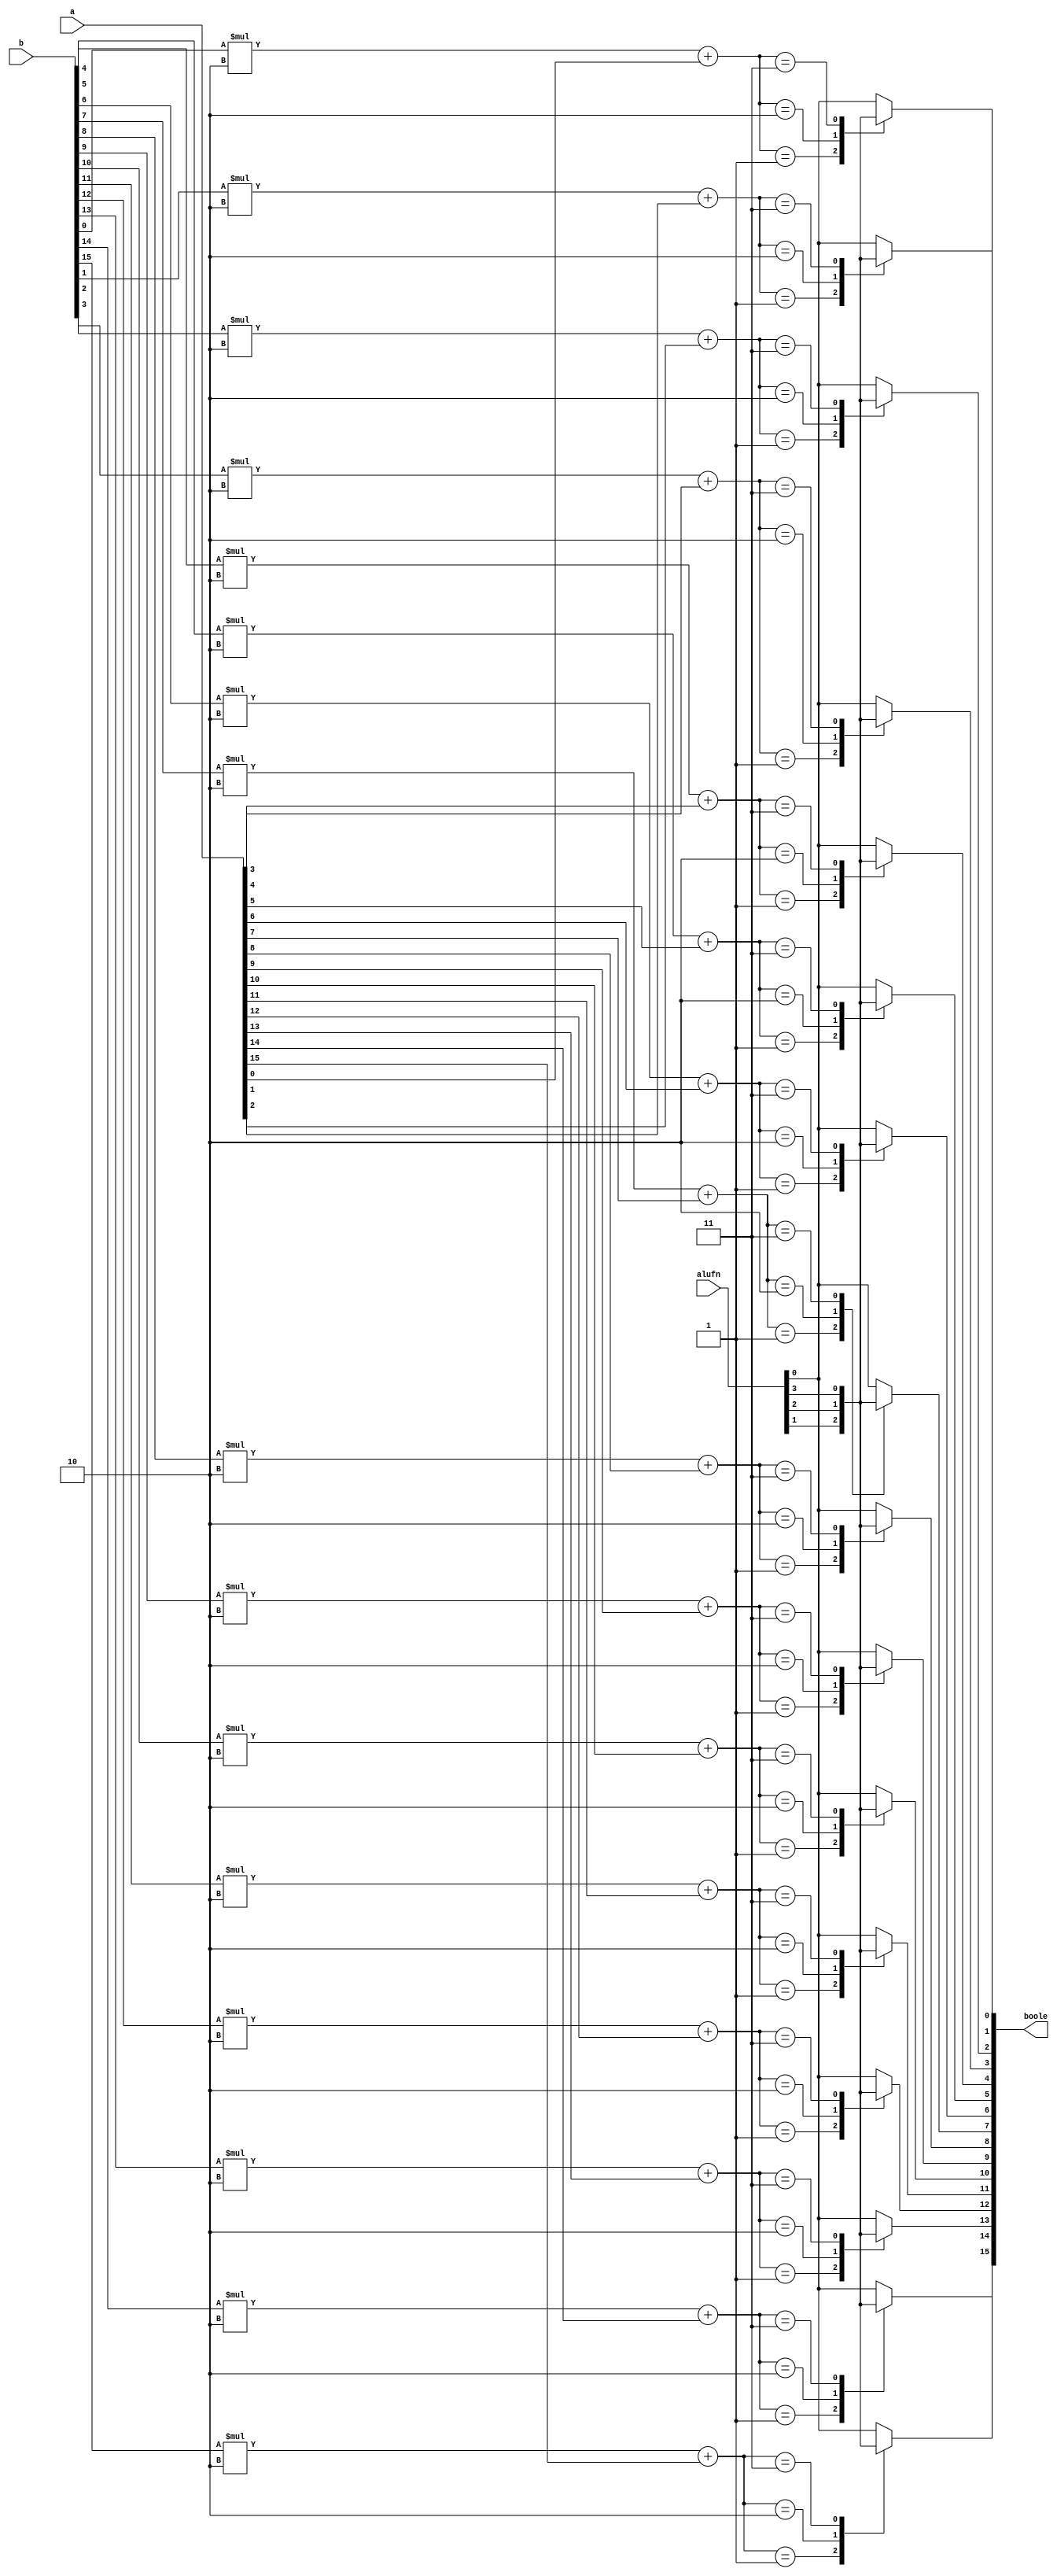
module boolean16b_9 (
    input [5:0] alufn,
    input [15:0] a,
    input [15:0] b,
    output reg [15:0] boole
  );
  
  
  
  integer i;
  
  integer sel;
  
  always @* begin
    boole = 16'h0000;
    for (i = 1'h0; i < 5'h10; i = i + 1) begin
      sel = b[(i)*1+0-:1] * 2'h2 + a[(i)*1+0-:1];
      
      case (sel)
        2'h0: begin
          boole[(i)*1+0-:1] = alufn[0+0-:1];
        end
        2'h1: begin
          boole[(i)*1+0-:1] = alufn[1+0-:1];
        end
        2'h2: begin
          boole[(i)*1+0-:1] = alufn[2+0-:1];
        end
        2'h3: begin
          boole[(i)*1+0-:1] = alufn[3+0-:1];
        end
        default: begin
          boole[(i)*1+0-:1] = alufn[0+0-:1];
        end
      endcase
    end
  end
endmodule